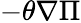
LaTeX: -\theta\nabla\Pi